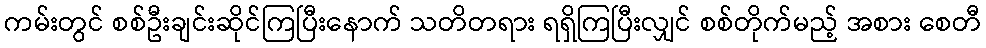
ကမ်းတွင် စစ်ဦးချင်းဆိုင်ကြပြီးနောက် သတိတရား ရရှိကြပြီးလျှင် စစ်တိုက်မည့် အစား စေတီ